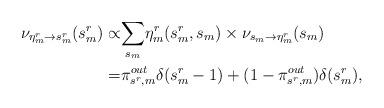
LaTeX: \begin{align*}\nu_{\eta_{m}^{r}\rightarrow s_{m}^{r}}(s_{m}^{r})\propto & \underset{s_{m}}{\sum}\eta_{m}^{r}(s_{m}^{r},s_{m})\times\nu_{s_{m}\rightarrow\eta_{m}^{r}}(s_{m}) \\= & \pi_{s^{r},m}^{out}\delta(s_{m}^{r}-1)+(1-\pi_{s^{r},m}^{out})\delta(s_{m}^{r}),\end{align*}